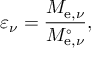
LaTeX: \varepsilon _ { \nu } = { \frac { M _ { \mathrm { e } , \nu } } { M _ { \mathrm { e } , \nu } ^ { \circ } } } ,